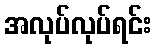
အလုပ်လုပ်ရင်း